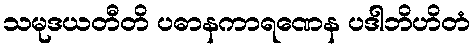
သမုဒယတီတိ ပဓာနကာရဏေန ပဒါဘိဟိတံ